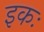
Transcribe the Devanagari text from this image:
इकः